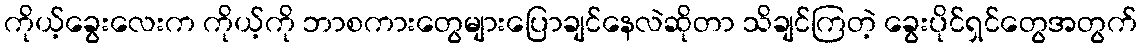
ကိုယ့်ခွေးလေးက ကိုယ့်ကို ဘာစကားတွေများပြောချင်နေလဲဆိုတာ သိချင်ကြတဲ့ ခွေးပိုင်ရှင်တွေအတွက်